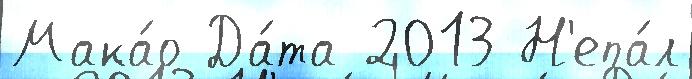
Мака́о Да́та 2013 Н'епа́л